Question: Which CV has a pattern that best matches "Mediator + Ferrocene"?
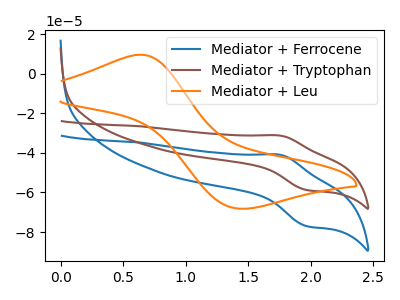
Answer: <think>The blue curve "Mediator + Ferrocene" has an anodic peak at (1.75V, -41.00uA) and a cathodic peak at (1.95V, -77.00uA). The brown curve "Mediator + Tryptophan" has an anodic peak at (1.75V, -31.25uA) and a cathodic peak at (1.95V, -58.75uA). The orange curve "Mediator + Leu" has an anodic peak at (0.65V, 9.65uA) and a cathodic peak at (1.45V, -68.20uA).
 All the peaks in "Mediator + Ferrocene" have a peak in "Mediator + Tryptophan" at the same potential. "Mediator + Ferrocene" and "Mediator + Leu" have at least one peak that do not match. "Mediator + Tryptophan" and "Mediator + Leu" have at least one peak that do not match.</think>
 <answer>The CV with the most similar shape to "Mediator + Tryptophan" is "Mediator + Ferrocene".</answer>
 <eval>"Mediator + Ferrocene"</eval>